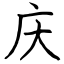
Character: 庆